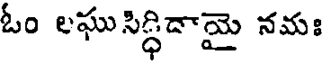
ఓం లఘు సిద్ధిదామై నమః